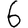
Digit: 6